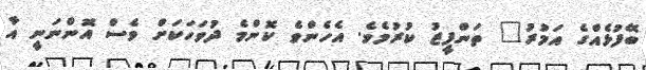
ބޭފުޅެއްގެ އަމުރު" ތަންފީޒު ކުރުމެވެ. އެހެންވެ ކޮންމެ ދުވަހަކަށް ވެސް އޮންނަނީ އާ